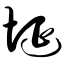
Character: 埏